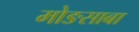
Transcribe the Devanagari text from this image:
मोङसाबा